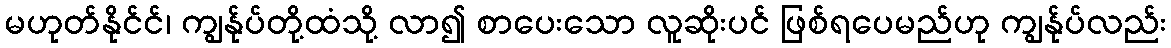
မဟုတ်နိုင်င်၊ ကျွန်ုပ်တို့ထံသို့ လာ၍ စာပေးသော လူဆိုးပင် ဖြစ်ရပေမည်ဟု ကျွန်ုပ်လည်း